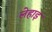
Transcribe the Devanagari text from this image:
लेहाइ